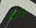
ليش